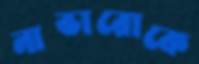
নাভারোকে